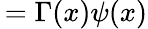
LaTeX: \, =\Gamma(x)\psi(x)